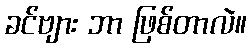
ခင်ဗျား ဘာ ဖြစ်တာလဲ။